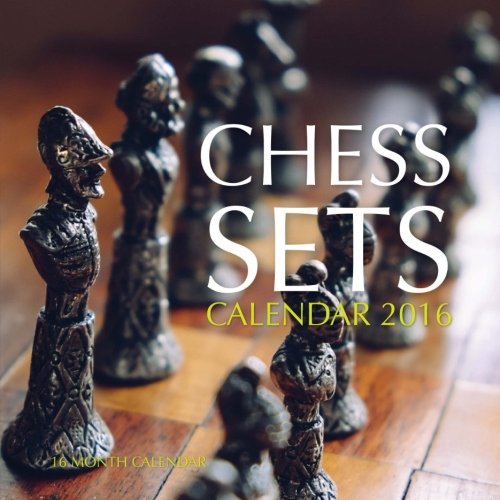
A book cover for Chess Sets Calendar 2016: 16 Month Calendar; Jack Smith; Calendars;